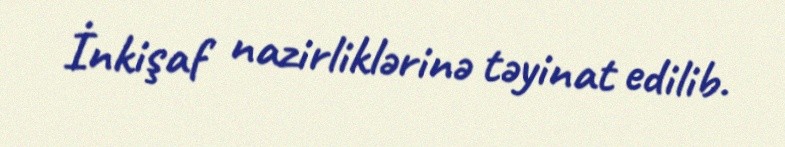
İnkişaf nazirliklərinə təyinat edilib.